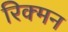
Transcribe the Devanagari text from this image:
रिक्मन